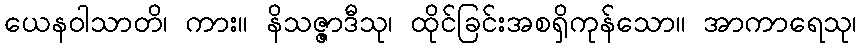
ယေနဝါသာတိ၊ ကား။ နိသဇ္ဇာဒီသု၊ ထိုင်ခြင်းအစရှိကုန်သော။ အာကာရေသု၊